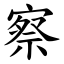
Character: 察